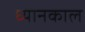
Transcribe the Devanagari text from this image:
ध्यानकाल